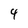
Character: 4